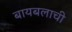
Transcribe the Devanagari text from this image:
बायबलाची